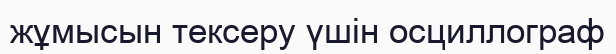
жұмысын тексеру үшін осциллограф